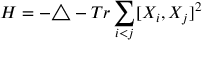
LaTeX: H = - \triangle - T r \sum _ { i < j } [ X _ { i } , X _ { j } ] ^ { 2 }